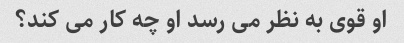
او قوی به نظر می رسد او چه کار می کند؟